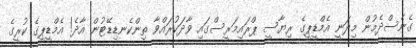
ގެނެސްދެމުން މިދަނީ އެމްޑީޕީގެ ރިޔާސީ ޕްރައިމަރީސްގައި ވާދަކުރައްވާ ތިންކެނޑިޑޭޓުން އާދެ! އެމްޑީޕީގެ ކުރީގެ